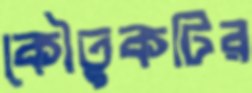
কৌতুকটির